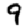
Digit: 9